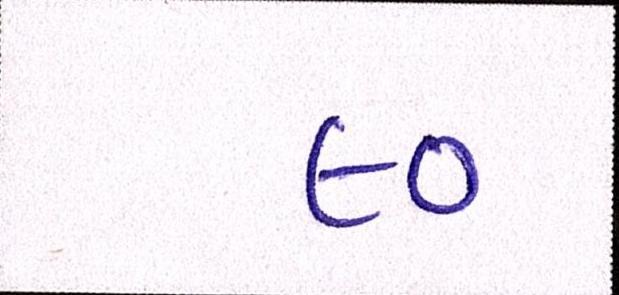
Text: ૯૦